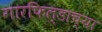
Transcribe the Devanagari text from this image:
गारफिल्डाच्या